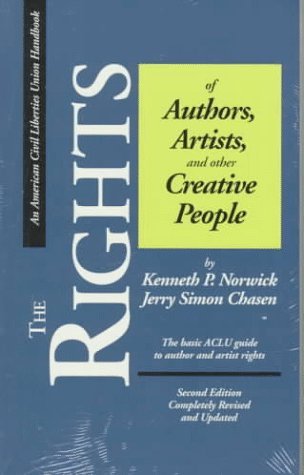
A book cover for The Rights of Authors, Artists, and other Creative People, Second Edition: A Basic Guide to the Legal Rights of Authors and Artists (ACLU Handbook); Kenneth P. Norwick; Law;